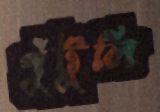
পুঁটুলি